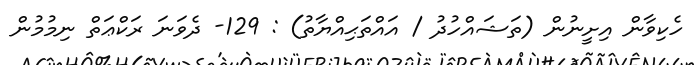
ހެކިވާން އިށީނުން (ތަޝައްހުދު / އައްތަޙިއްޔާތު) : 129- ދެވަނަ ރަކްޢަތް ނިމުމުން